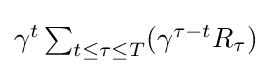
{\textstyle \gamma ^{t}\sum _{t\leq \tau \leq T}(\gamma ^{\tau -t}R_{\tau })}